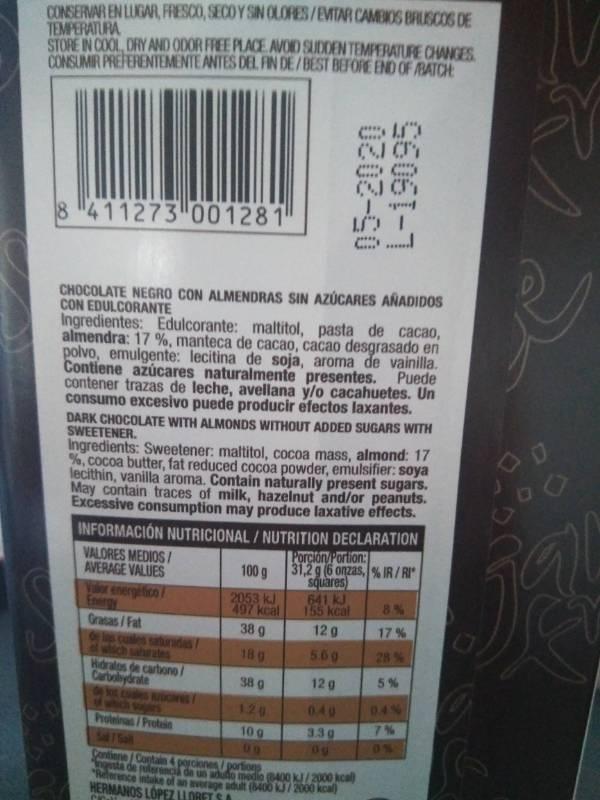
CONSERVAR EN LUGAR, FRESCO,SECOY SIN OLORES/EMTAR CAMBIOS BRUSCOS DE TEMPERATURA STORE IN COOL DRY AND ODOR FREE PLACE AVOID SUDDEN TEMPERATURE CHANGES CONSUMIR PREFERENTEMENTEANTES DEL FIN DE/BEST BEFORE END OF RATCH 8 411273 001281 CHOCOLATE NEGRO CON ALMENDRAS SIN AZUCARES AÑADIDOS CON EDULCORANTE Ingredientes: Edulcorante: maltitol, pasta de cacao, almendra: 17 %, manteca de cacao, cacao desgrasado en polvo, emulgente: lecitina de soja, aroma de vainilla. Contiene azúcares naturalmente presentes. Puede contener trazas de leche, avellana y/o cacahuetes. Un consumo excesivo puede producir efectos laxantes. SWEETENER DARK CHOCOLATE WITH ALMONDS WITHOUT ADDED SUGARS WITH Ingredients: Sweetener: maltitol, cocoa mass, almond: 17 %, cOCoa butter, fat reduced cocoa powder, emulsifier: soya lecithin, vanilla aroma. Contain naturally present sugars. May contain traces of milk, hazelnut and/or peanuts. Excessive consumption may produce laxative effects. INFORMACION NUTRICIONAL/NUTRITION DECLARATION Porcion Portion VALORES MEDIOS AVERAGE VALUES 31,2 g(6 onzas, %IR/RI 100 g SQuares 641 kJ 155 kcal 12 g Vr energfic 2053 kJ 497 kcal 8% 17 % 28% 5% Energy Grasas/Fat 38 g 18 g 38 g 120 10 g Contiene/Contain 4 porciones/portions 5.6g 12 g 0.4 33g Hdras de carbono / Carboydrate 04 Pron/Protes 7% 0% Sa gst de ulerc de meio400k/2000 kcal Relernce nke of an aege 0400 2000 ka HERMANOS LOPEZuORETS